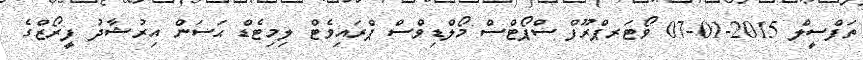
ތަފްސީލް 2015-01-07 ވޯޓަރޕްރޫފް ސްޕޯޓްސް މޯލްޑިވްސް ޕްރައިވެޓް ލިމިޓެޑް ޙަސަން އިރުޝާދު ފީރޯޒްގެ